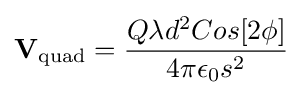
\mathbf {V} _{\mathrm {quad} }={\frac {Q\lambda d^{2}Cos[2\phi ]}{4\pi \epsilon _{0}s^{2}}}